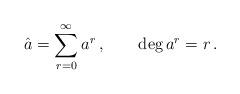
LaTeX: \begin{align*}\hat a=\sum_{r=0}^\infty a^r\,,\qquad \deg{a^r}=r\,.\end{align*}